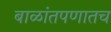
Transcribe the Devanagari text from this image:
बाळांतपणातच